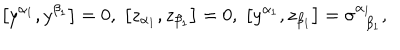
LaTeX: \left[ y ^ { \alpha _ { 1 } } , y ^ { \beta _ { 1 } } \right] = 0 , \; \left[ z _ { \alpha _ { 1 } } , z _ { \beta _ { 1 } } \right] = 0 , \; \left[ y ^ { \alpha _ { 1 } } , z _ { \beta _ { 1 } } \right] = \sigma _ { \; \; \beta _ { 1 } } ^ { \alpha _ { 1 } } ,